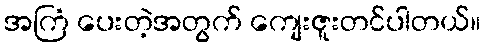
အကြံ ပေးတဲ့အတွက် ကျေးဇူးတင်ပါတယ်။